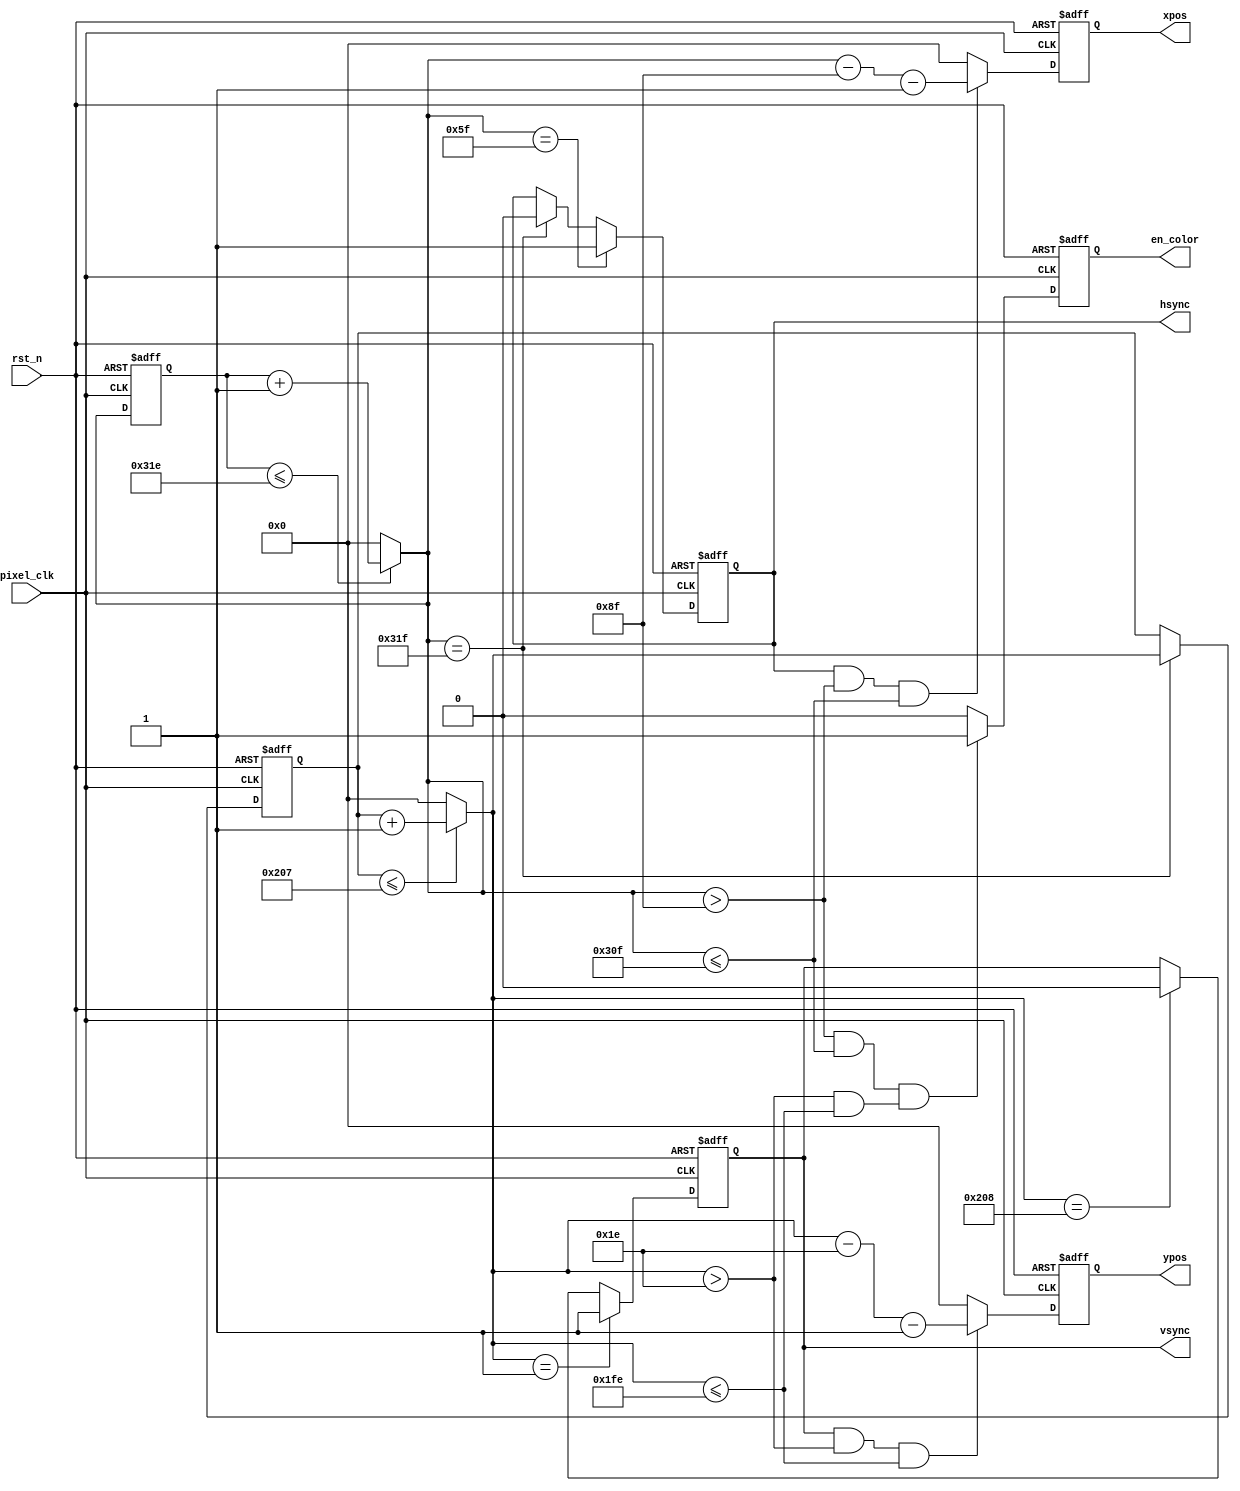
`timescale 1ns / 1ps

// Note: 
// 1. requiring image memory with delay that is less than 1 pixel_clocks
// 2. xpos range from 0 to 640; ypos range from 0 to 480

module VGA_CONTROLLER
# (
	parameter
		// V for vertical, H for horizontal
		T_PW_V   = 10'd1,	// pulse width
		T_BP_V   = 10'd30,	// back porch
		T_DISP_V = 10'd510,	// display time
		T_FP_V   = 10'd520,	// front porch
		T_PW_H   = 10'd95,
		T_BP_H   = 10'd143,
		T_DISP_H = 10'd783,
		T_FP_H   = 10'd799,

		WIDTH    = 4'd10	// width of counters/positions
)
(
	input rst_n,
	input pixel_clk,
	output reg [WIDTH-1:0] xpos, ypos,
	output reg en_color,
	output reg hsync, vsync
);
	wire Assert_hsync, Deassert_hsync;
	wire Assert_vsync, Deassert_vsync;
	wire Add_hcounter, Add_vcounter;
	wire Enable_vertical_counter;
	wire Assert_en_color;

	reg [WIDTH-1:0] next_xpos, next_ypos;
	reg [WIDTH-1:0] next_hcounter, next_vcounter;

	reg [WIDTH-1:0] hcounter;
	reg [WIDTH-1:0] vcounter;

	// logic for determining hsync and vsync
	assign Assert_hsync   = (next_hcounter==T_PW_H);
	assign Deassert_hsync = (next_hcounter==T_FP_H);
	assign Assert_vsync   = (next_vcounter==T_PW_V);
	assign Deassert_vsync = (next_vcounter==T_FP_V);

	// logic for determining counters
	assign Add_hcounter = (hcounter <= T_FP_H-1);
	assign Add_vcounter = (vcounter <= T_FP_V-1);
	assign Enable_vertical_counter = Deassert_hsync;

	// logic for enable_color signal
	assign Assert_en_color = (    (next_hcounter>T_BP_H && next_hcounter<=T_DISP_H)
				   && (next_vcounter>T_BP_V && next_vcounter<=T_DISP_V) );

	// next hcounter logic
	always @(*) begin
		if (Add_hcounter) begin
			next_hcounter = hcounter + 10'd1;
		end
		else begin
			next_hcounter = {WIDTH{1'b0}};
		end
	end

	// next vcounter logic
	always @(*) begin
		if (Add_vcounter) begin
			next_vcounter = vcounter + 1;
		end
		else begin
			next_vcounter = {WIDTH{1'b0}};
		end
	end

	// next position logic
	always @(*) begin
		
		// next position of x
		if (hsync && next_hcounter>T_BP_H && next_hcounter<=T_DISP_H) begin
			next_xpos = next_hcounter - T_BP_H - 1;
		end
		else begin
			next_xpos = {WIDTH{1'b0}};
		end

		// next position of y
		if (vsync && next_vcounter>T_BP_V && next_vcounter<=T_DISP_V) begin
			next_ypos = next_vcounter - T_BP_V - 1;
		end
		else begin
			next_ypos = {WIDTH{1'b0}};
		end
		
	end



	// horizontal counter
	always @(posedge pixel_clk or negedge rst_n) begin
		if (!rst_n) begin
			// reset
			hcounter <= {WIDTH{1'b0}};
		end
		else begin
			hcounter <= next_hcounter;
		end
	end // always

	// horizontal synch
	always @(posedge pixel_clk or negedge rst_n) begin
		if (!rst_n) begin
			// reset
			hsync <= 1'b0;
		end
		else if (Assert_hsync) begin
			hsync <= 1'b1;
		end
		else if (Deassert_hsync) begin
			hsync <= 1'b0;
		end
	end // always

	// vertical counter
	always @(posedge pixel_clk or negedge rst_n) begin
		if (!rst_n) begin
			// reset
			vcounter <= {WIDTH{1'b0}};
		end
		else if (Enable_vertical_counter) begin
			vcounter <= next_vcounter;
		end
	end // always

	// vertical synch
	always @(posedge pixel_clk or negedge rst_n) begin
		if (!rst_n) begin
			// reset
			vsync <= 1'b0;
		end
		else if (Assert_vsync) begin
			vsync <= 1'b1;
		end
		else if (Deassert_vsync) begin
			vsync <= 1'b0;
		end
	end // always

	// position of pixel
	always @(posedge pixel_clk or negedge rst_n) begin
		if (!rst_n) begin
			// reset
			xpos <= {WIDTH{1'b0}};
			ypos <= {WIDTH{1'b0}};
		end
		else begin
			xpos <= next_xpos;
			ypos <= next_ypos;
		end
	end // always

	// enable_color signal
	always @(posedge pixel_clk or negedge rst_n) begin
		if (!rst_n) begin
			// reset
			en_color <= 1'b0;
		end
		else if (Assert_en_color) begin
			en_color <= 1'b1;
		end
		else begin
			en_color <= 1'b0;
		end
	end // always

endmodule